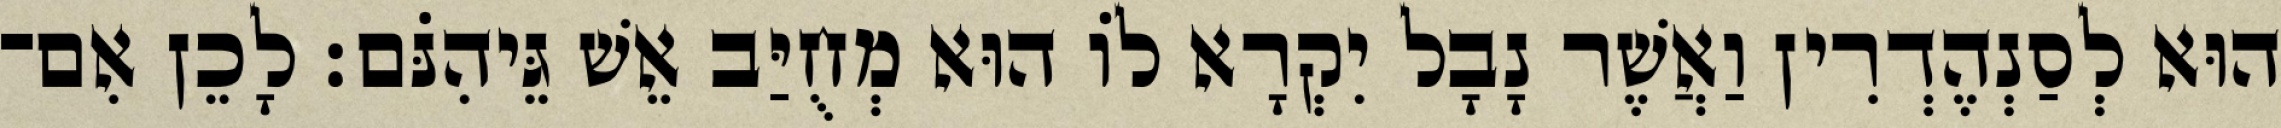
הוּא לְסַנְהֶדְרִין וַאֲשֶׁר נָבָל יִקְרָא לוֹ הוּא מְחֻיַּב אֵשׁ גֵּיהִנֹּם׃ לָכֵן אִם־